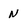
Character: N